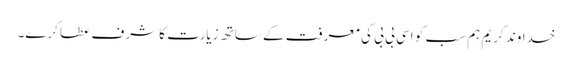
خداوند کریم ہم سب کو اسی بی بی کی معرفت کے ساتھ زیارت کا شرف عطا کرے۔